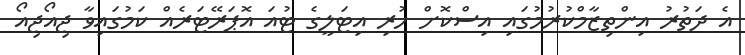
އެ ދަތުރު އިންތިޒާމްކުރުމުގައި އިސްކޮށް ހުރި އިޓަލީގެ ޓުއަ އޮޕަރޭޓަރެއް ކަމުގައިވާ ޖިއޯޖިއޯ